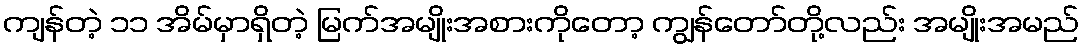
ကျန်တဲ့ ၁၁ အိမ်မှာရှိတဲ့ မြက်အမျိုးအစားကိုတော့ ကျွန်တော်တို့လည်း အမျိုးအမည်